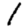
Digit: 1